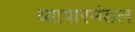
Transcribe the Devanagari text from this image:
व्यापारमंडल